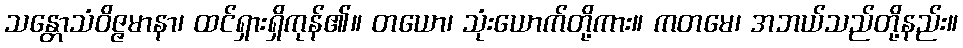
သန္တောသံဝိဇ္ဇမာနာ၊ ထင်ရှားရှိကုန်၏။ တယော၊ သုံးယောက်တို့ကား။ ကတမေ၊ အဘယ်သည်တို့နည်း။